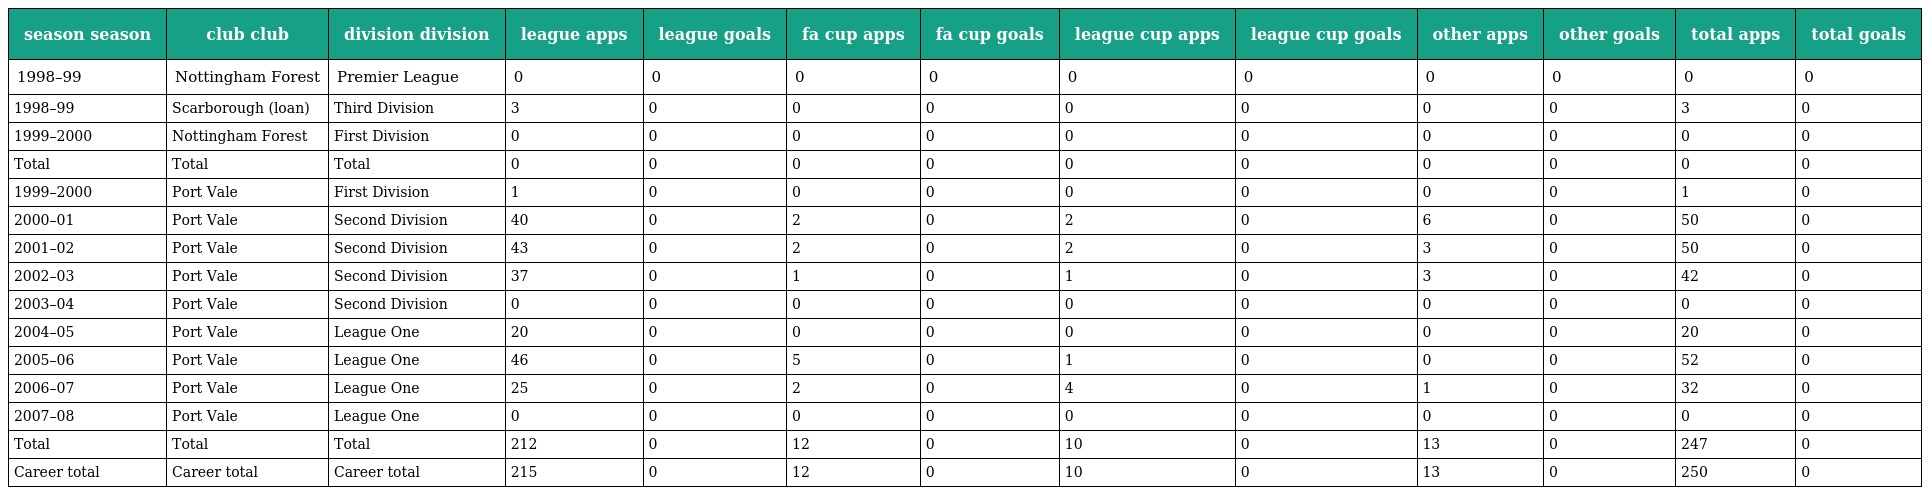
| season season | club club | division division | league apps | league goals | fa cup apps | fa cup goals | league cup apps | league cup goals | other apps | other goals | total apps | total goals |
 | --- | --- | --- | --- | --- | --- | --- | --- | --- | --- | --- | --- | --- |
 | 1998–99 | Nottingham Forest | Premier League | 0 | 0 | 0 | 0 | 0 | 0 | 0 | 0 | 0 | 0 |
 | 1998–99 | Scarborough (loan) | Third Division | 3 | 0 | 0 | 0 | 0 | 0 | 0 | 0 | 3 | 0 |
 | 1999–2000 | Nottingham Forest | First Division | 0 | 0 | 0 | 0 | 0 | 0 | 0 | 0 | 0 | 0 |
 | Total | Total | Total | 0 | 0 | 0 | 0 | 0 | 0 | 0 | 0 | 0 | 0 |
 | 1999–2000 | Port Vale | First Division | 1 | 0 | 0 | 0 | 0 | 0 | 0 | 0 | 1 | 0 |
 | 2000–01 | Port Vale | Second Division | 40 | 0 | 2 | 0 | 2 | 0 | 6 | 0 | 50 | 0 |
 | 2001–02 | Port Vale | Second Division | 43 | 0 | 2 | 0 | 2 | 0 | 3 | 0 | 50 | 0 |
 | 2002–03 | Port Vale | Second Division | 37 | 0 | 1 | 0 | 1 | 0 | 3 | 0 | 42 | 0 |
 | 2003–04 | Port Vale | Second Division | 0 | 0 | 0 | 0 | 0 | 0 | 0 | 0 | 0 | 0 |
 | 2004–05 | Port Vale | League One | 20 | 0 | 0 | 0 | 0 | 0 | 0 | 0 | 20 | 0 |
 | 2005–06 | Port Vale | League One | 46 | 0 | 5 | 0 | 1 | 0 | 0 | 0 | 52 | 0 |
 | 2006–07 | Port Vale | League One | 25 | 0 | 2 | 0 | 4 | 0 | 1 | 0 | 32 | 0 |
 | 2007–08 | Port Vale | League One | 0 | 0 | 0 | 0 | 0 | 0 | 0 | 0 | 0 | 0 |
 | Total | Total | Total | 212 | 0 | 12 | 0 | 10 | 0 | 13 | 0 | 247 | 0 |
 | Career total | Career total | Career total | 215 | 0 | 12 | 0 | 10 | 0 | 13 | 0 | 250 | 0 |